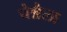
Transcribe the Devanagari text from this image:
चेन्नैला